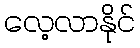
လေ့လာနိုင်